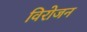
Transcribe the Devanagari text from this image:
विरोजन